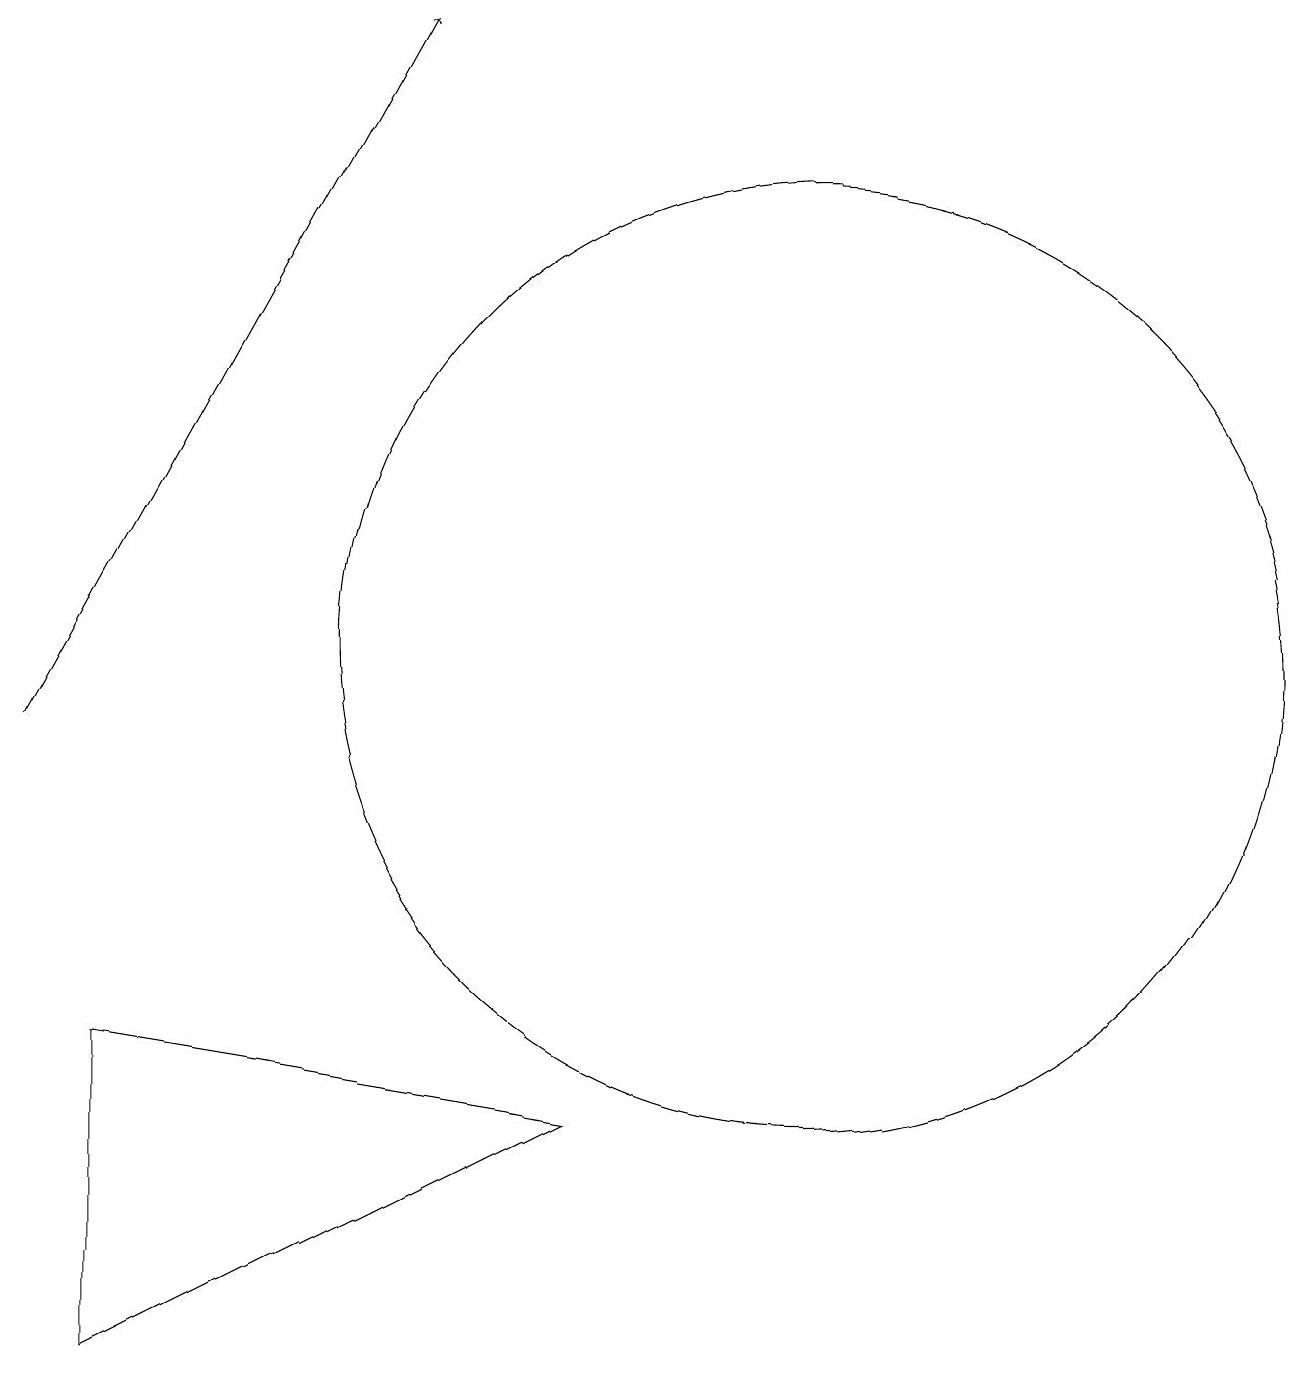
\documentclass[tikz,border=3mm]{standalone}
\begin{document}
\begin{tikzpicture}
\draw[->] (2,10) -- (7,19);
\draw (12,11) circle (6);
\draw (3,2) -- (9,5) -- (3,6) -- cycle;
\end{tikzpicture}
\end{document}